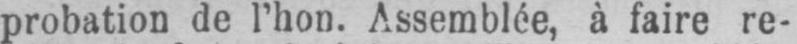
probation de l’hon. Assemblée, à faire re-